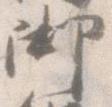
御